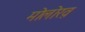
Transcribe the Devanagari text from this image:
मोलोख़